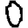
Digit: 0